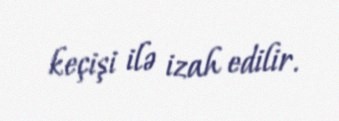
keçişi ilə izah edilir.